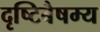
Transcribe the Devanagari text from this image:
दृष्टिबैषम्य